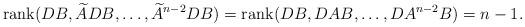
LaTeX: \begin{align*}\textrm{rank}(DB,\widetilde ADB,\dots, \widetilde A^{n-2}DB)=\textrm{rank}(DB,DAB,\dots,DA^{n-2}B)=n-1.\end{align*}